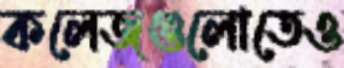
কলেজগুলোতেও